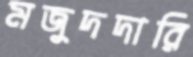
মজুদদারি